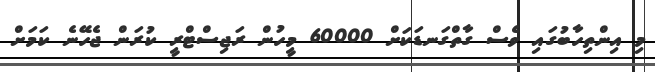
މި އިންތިހާބުގައި ވެސް ގާތްގަނޑަކަށް 60000 މީހުން ރަޖިސްޓްރީ ކުރަން ޖެހޭނެ ކަމަށް